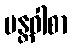
မန္တဝါစာ